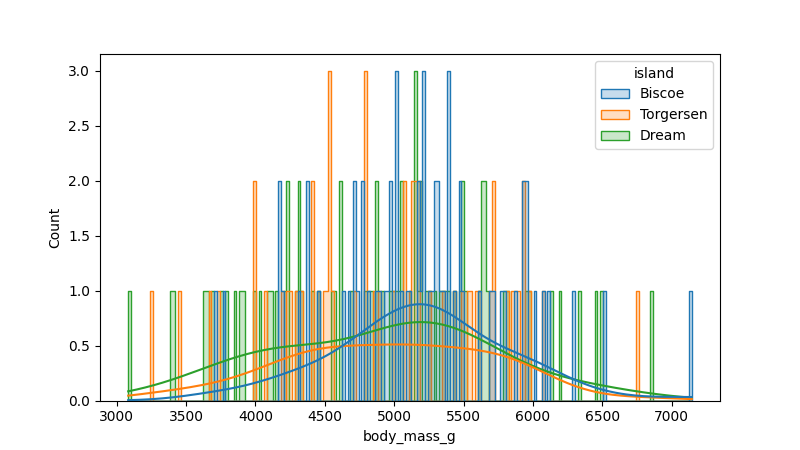
python, seaborn, histplot, hue='island', binwidth=20, bins='20', element='step'